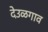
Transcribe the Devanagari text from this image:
देउळगाव